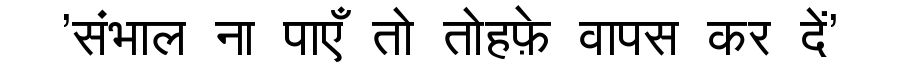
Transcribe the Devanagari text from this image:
'संभाल ना पाएँ तो तोहफ़े वापस कर दें'